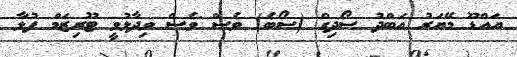
އައްޑޫ މޭޔަރު އަބްދު ސޯދިގް (ސޯބެ) ވެސް ވެސް ވިދާޅުވީ ޓޫރިޒަމް ފުޅާ